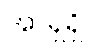
အာရှရှိ